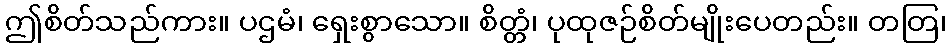
ဤစိတ်သည်ကား။ ပဌမံ၊ ရှေးစွာသော။ စိတ္တံ၊ ပုထုဇဉ်စိတ်မျိုးပေတည်း။ တတြ၊